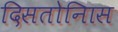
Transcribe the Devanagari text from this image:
दिसतोनिास